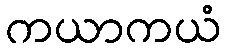
ကယာကယံ